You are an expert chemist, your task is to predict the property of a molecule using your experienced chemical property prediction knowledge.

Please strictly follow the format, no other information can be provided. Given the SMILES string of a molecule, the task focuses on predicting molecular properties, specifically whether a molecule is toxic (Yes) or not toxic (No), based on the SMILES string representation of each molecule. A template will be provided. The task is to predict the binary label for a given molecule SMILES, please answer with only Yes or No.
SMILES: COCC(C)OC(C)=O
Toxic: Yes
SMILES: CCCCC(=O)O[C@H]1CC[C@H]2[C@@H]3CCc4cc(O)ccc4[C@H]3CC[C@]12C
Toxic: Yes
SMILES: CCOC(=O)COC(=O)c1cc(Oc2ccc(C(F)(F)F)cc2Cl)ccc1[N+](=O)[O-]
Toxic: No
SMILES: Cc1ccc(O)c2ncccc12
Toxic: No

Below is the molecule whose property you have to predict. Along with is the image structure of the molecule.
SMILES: CC(C)=CCOc1c2occc2cc2ccc(=O)oc12
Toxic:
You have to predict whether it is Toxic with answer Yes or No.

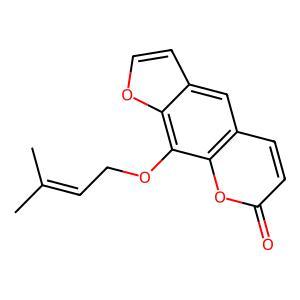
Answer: No